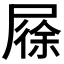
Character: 𡲰